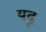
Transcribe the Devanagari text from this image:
यदृ